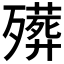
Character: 𱥔